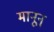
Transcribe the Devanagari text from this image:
मानून्